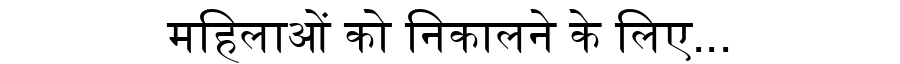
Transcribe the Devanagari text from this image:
महिलाओं को निकालने के लिए...